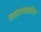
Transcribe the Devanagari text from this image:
बाइस्पाइनोसा